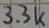
Text: 3.3k